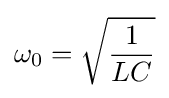
\omega _{0}={\sqrt {\frac {1}{LC}}}